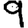
Digit: 9